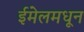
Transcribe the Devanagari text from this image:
ईमेलमधून